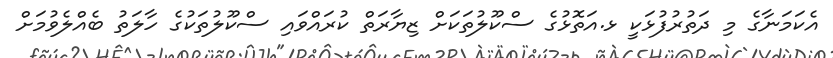
އެކަމަނާގެ މި ދަތުރުފުޅަކީ ޅ.އަތޮޅުގެ ސްކޫލުތަކަށް ޒިޔާރަތް ކުރައްވައި ސްކޫލުތަކުގެ ހާލަތު ބެއްލެވުމަށް